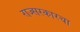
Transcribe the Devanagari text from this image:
राज्सरकारचा